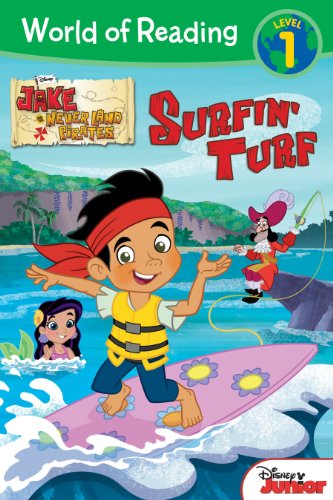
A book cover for World of Reading: Jake and the Never Land Pirates Surfin' Turf: Level 1; Disney Book Group; Children's Books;